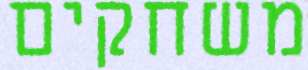
משחקים